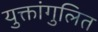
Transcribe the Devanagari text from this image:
युक्तांगुलित